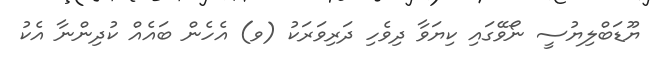
ޔޫޑަބްލިޔުސީ ނޯވޭގައި ކިޔަވާ ދިވެހި ދަރިވަރަކު (ވ) އެހެން ބައެއް ކުދިންނާ އެކު